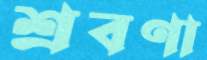
শ্রবণা